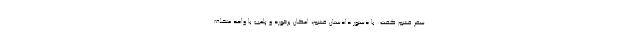
سفر قشم گفت: با دستور دادستان قشم، امکان برخورد و پلمب با واحد متخلف